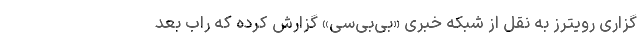
‌گزاری رویترز به نقل از شبکه خبری «بی‌بی‌سی» گزارش کرده که راب بعد